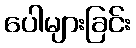
ပေါများခြင်း